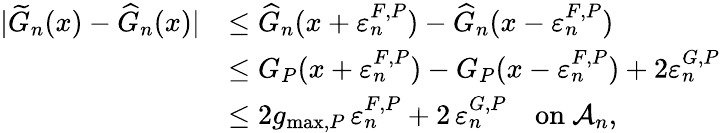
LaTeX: \begin{array}{rl}{|\widetilde{G}_{n}(x)-\widehat{G}_{n}(x)|}&{\leq\widehat{G}_{n}(x+\varepsilon_{n}^{F,P})-\widehat{G}_{n}(x-\varepsilon_{n}^{F,P})}\\ &{\leq G_{P}(x+\varepsilon_{n}^{F,P})-G_{P}(x-\varepsilon_{n}^{F,P})+2\varepsilon_{n}^{G,P}}\\ &{\leq 2g_{\operatorname*{max},P}\, \varepsilon_{n}^{F,P}+2\, \varepsilon_{n}^{G,P}\quad\mathrm{on~}\mathcal{A}_{n},}\end{array}